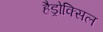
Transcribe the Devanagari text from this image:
हैड्रोक्सिल